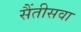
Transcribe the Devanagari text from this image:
सैंतीसवा